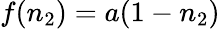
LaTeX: f(n_{2})=a(1-n_{2})